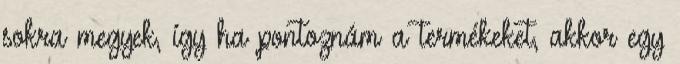
sokra megyek, így ha pontoznám a termékeket, akkor egy